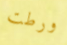
ورطت